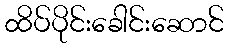
ထိပ်ပိုင်းခေါင်းဆောင်